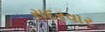
સદરવાર